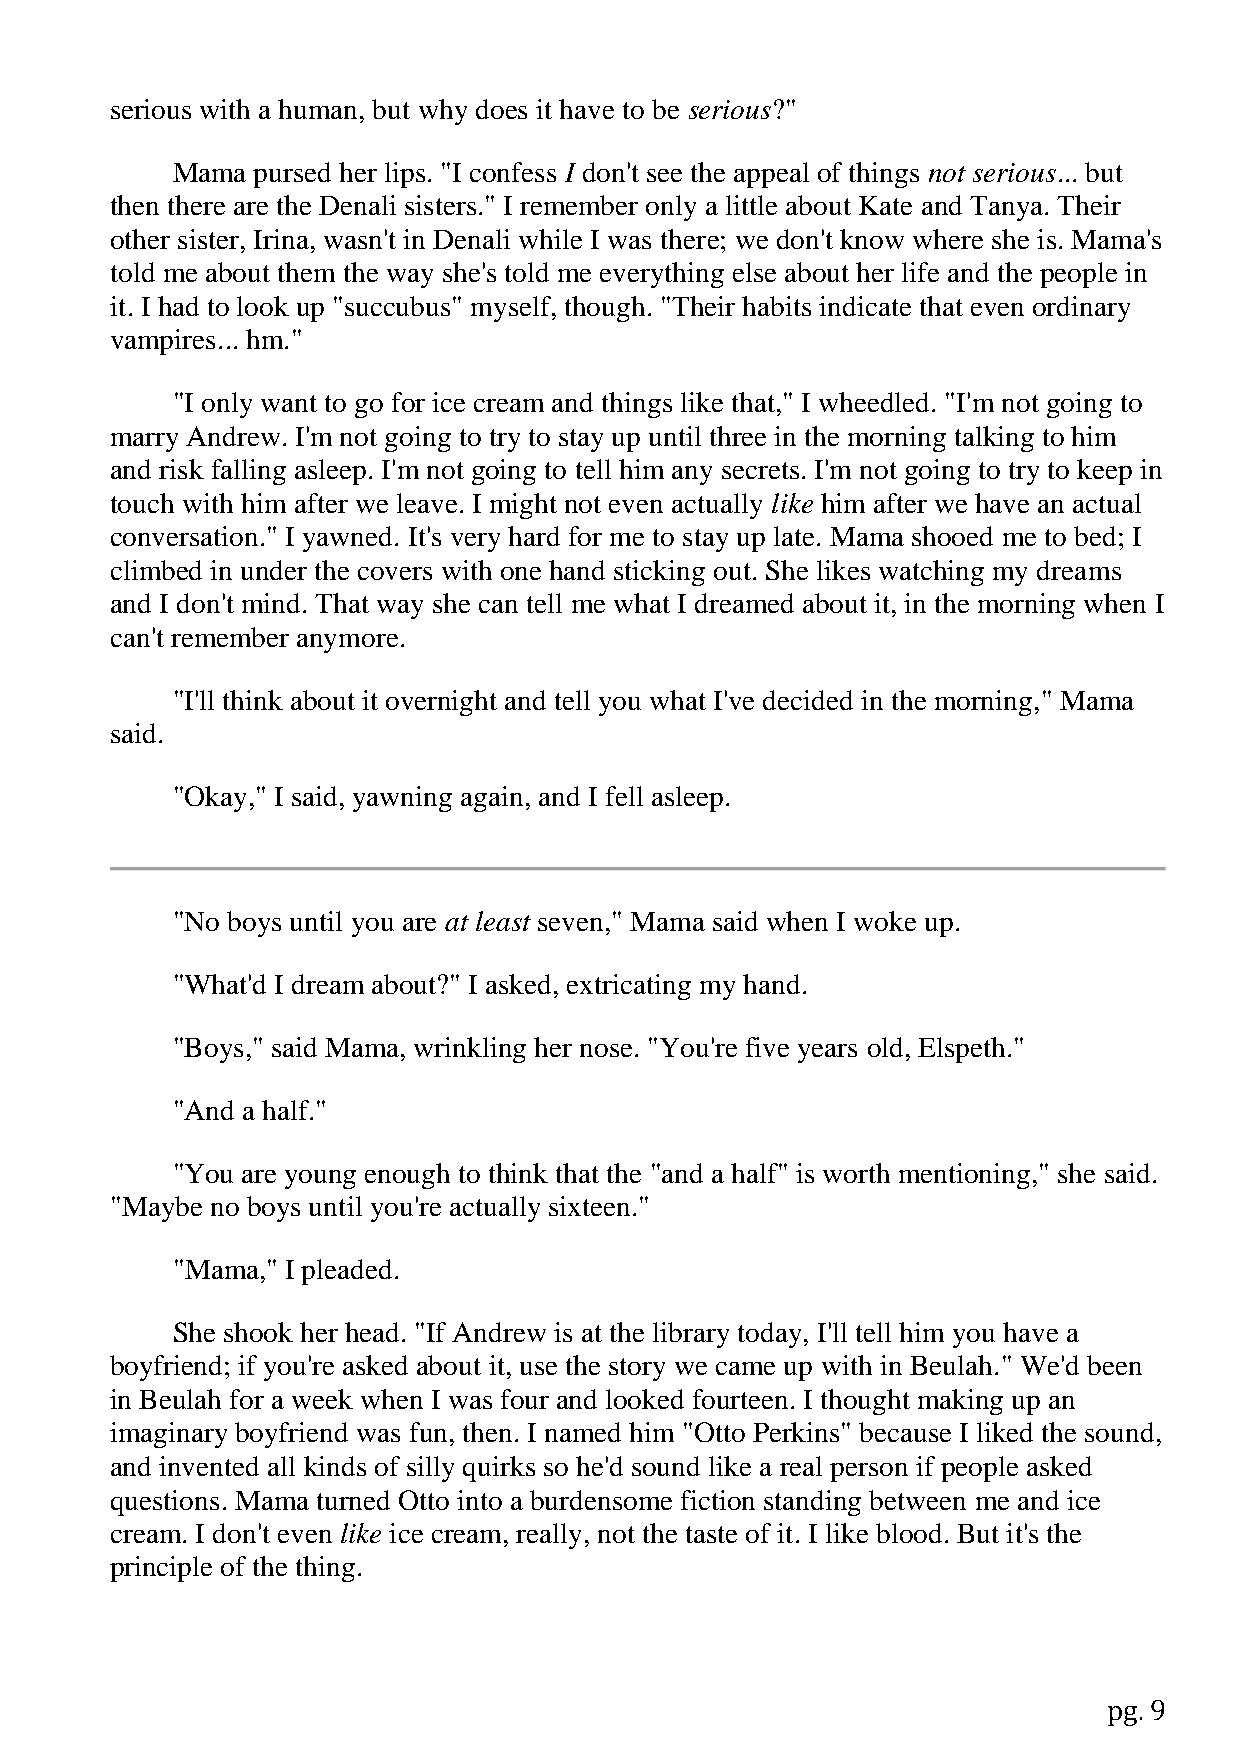
serious with a human, but why does it have to be serious?"
 Mama  pursed her lips. "I confess I don't see the appeal of things not serious... but
 then there are the Denali sisters." I remember only a little about Kate and Tanya. Their
 other sister, Irina, wasn't in Denali while I was there; we don't know where she is. Mama's
 told me about them the way she's told me everything else about her life and the people in
 it. I had to look up "succubus" myself, though. "Their habits indicate that even ordinary
 vampires... hm."
 "I only want to go for ice cream and things like that," I wheedled. "I'm not going to
 marry Andrew. I'm not going to try to stay up until three in the morning talking to him
 and risk falling asleep. I'm not going to tell him any secrets. I'm not going to try to keep in
 touch with him after we leave. I might not even actually like him after we have an actual
 conversation." I yawned. It's very hard for me to stay up late. Mama shooed me to bed; I
 climbed in under the covers with one hand sticking out. She likes watching my dreams
 and I don't mind. That way she can tell me what I dreamed about it, in the morning when I
 can't remember anymore.
 "I'll think about it overnight and tell you what I've decided in the morning," Mama
 said.
 "Okay," I said, yawning again, and I fell asleep.
 "No boys until you are at least seven," Mama said when I woke up.
 "What'd I dream about?" I asked, extricating my hand.
 "Boys," said Mama, wrinkling her nose. "You're five years old, Elspeth."
 "And a half."
 "You are young enough to think that the "and a half" is worth mentioning," she said.
 "Maybe no boys until you're actually sixteen."
 "Mama," I pleaded.
 She shook her head. "If Andrew is at the library today, I'll tell him you have a
 boyfriend; if you're asked about it, use the story we came up with in Beulah." We'd been
 in Beulah for a week when I was four and looked fourteen. I thought making up an
 imaginary boyfriend was fun, then. I named him "Otto Perkins" because I liked the sound,
 and invented all kinds of silly quirks so he'd sound like a real person if people asked
 questions. Mama turned Otto into a burdensome fiction standing between me and ice
 cream. I don't even like ice cream, really, not the taste of it. I like blood. But it's the
 principle of the thing.
 pg. 9